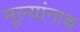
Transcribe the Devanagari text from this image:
मूल्यांनाच